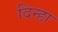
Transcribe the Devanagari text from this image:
दिन्हा